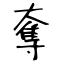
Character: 奪